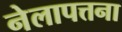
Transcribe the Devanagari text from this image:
नेलापत्तना